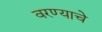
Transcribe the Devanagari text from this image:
वरण्याचे